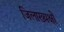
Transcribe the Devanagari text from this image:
जिलाख्यक्षों